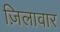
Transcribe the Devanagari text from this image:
ज़िलावार